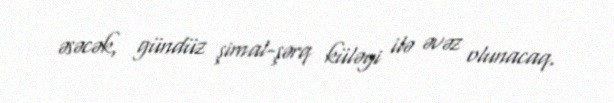
əsəcək, gündüz şimal-şərq küləyi ilə əvəz olunacaq.